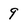
Character: 9